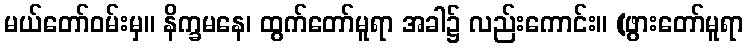
မယ်တော်ဝမ်းမှ။ နိက္ခမနေ၊ ထွက်တော်မူရာ အခါ၌ လည်းကောင်း။ (ဖွားတော်မူရာ